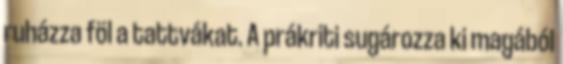
ruházza föl a tattvákat. A prákriti sugározza ki magából